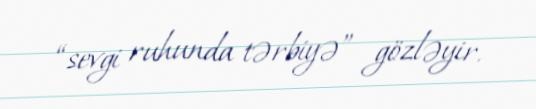
“sevgi ruhunda tərbiyə” gözləyir.